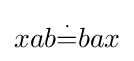
xab{\overset {\cdot }{=}}bax